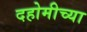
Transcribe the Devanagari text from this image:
दहोमीच्या